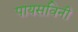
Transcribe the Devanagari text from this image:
पायसविनी